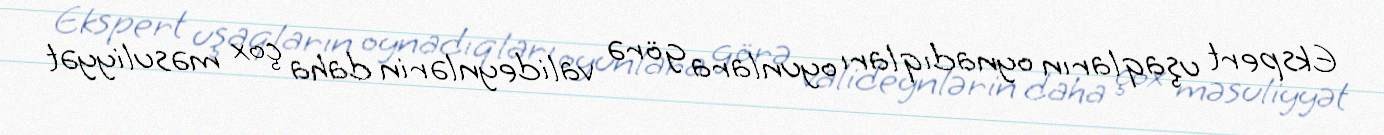
Ekspert uşaqların oynadıqları oyunlara görə valideynlərin daha çox məsuliyyət